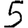
Digit: 5